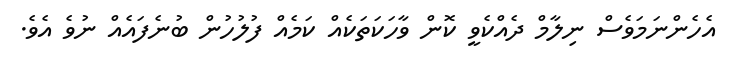
އެހެންނަމަވެސް ނިލާމް ދެއްކެވީ ކޮން ވާހަކަތަކެއް ކަމެއް ފުލުހުން ބުނެފައެއް ނުވެ އެވެ.